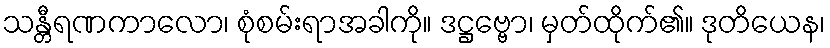
သန္တီရဏကာလော၊ စုံစမ်းရာအခါကို။ ဒဋ္ဌဗ္ဗော၊ မှတ်ထိုက်၏။ ဒုတိယေန၊